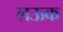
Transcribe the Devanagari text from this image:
लऊक